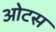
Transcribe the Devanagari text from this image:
ओटस